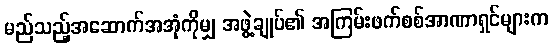
မည်သည့်အဆောက်အအုံကိုမျှ အဖွဲ့ချုပ်၏ အကြမ်းဖက်စစ်အာဏာရှင်များက